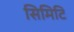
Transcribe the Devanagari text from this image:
सिमिटि